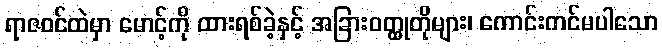
ရာဇဝင်ထဲမှာ မောင့်ကို ထားရစ်ခဲ့နှင့် အခြားဝတ္ထုတိုများ၊ ကောင်းကင်မပါသော